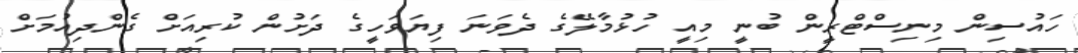
ހައުސިން މިނިސްޓްރީން ބުނީ މިއީ ހުޅުމާލޭގެ ދެވަނަ ފިޔަވަހީގެ ދަށުން ކުރިއަށް ގެންދިއުމަށް